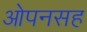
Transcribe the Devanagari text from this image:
ओपनसह